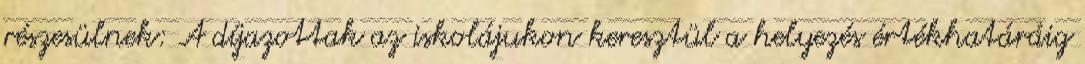
részesülnek: A díjazottak az iskolájukon keresztül a helyezés értékhatáráig